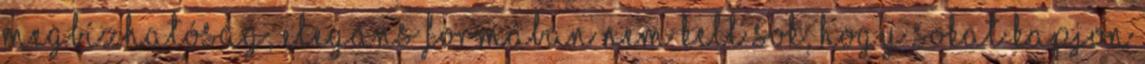
Megbízhatóság, elegáns formában Nem kell sok, hogy sokat kapjon